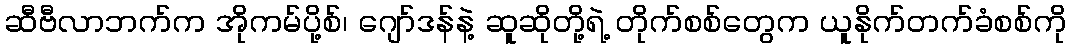
ဆီဗီလာဘက်က အိုကမ်ပို့စ်၊ ဂျော်ဒန်နဲ့ ဆူဆိုတို့ရဲ့ တိုက်စစ်တွေက ယူနိုက်တက်ခံစစ်ကို